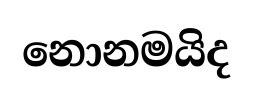
නොනමයිද